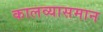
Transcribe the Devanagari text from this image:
कालव्यासमान